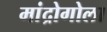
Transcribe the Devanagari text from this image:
मांद्रोगोला